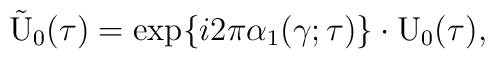
\tilde{\rm U}_0(\tau) = \exp\{i 2\pi {\alpha}_{1}(\gamma ; \tau)\}\cdot {\rm U}_{0}(\tau),